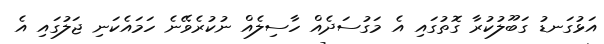
އަޅުގަނޑު ގަބޫލުކުރާ ގޮތުގައި އެ މަގުސަދެއް ހާސިލެއް ނުކުރެވޭނެ ހަމައެކަނި ޖަލުގައި އެ